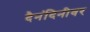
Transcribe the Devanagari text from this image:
दैनंदिनीवर